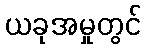
ယခုအမှုတွင်